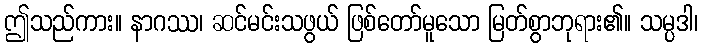
ဤသည်ကား။ နာဂဿ၊ ဆင်မင်းသဖွယ် ဖြစ်တော်မူသော မြတ်စွာဘုရား၏။ သမ္ပဒါ၊